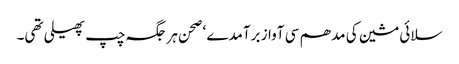
سلائی مشین کی مدھم سی آواز برآمدے ‘ صحن ہر جگہ چپ پھیلی تھی۔